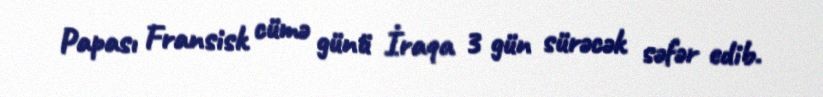
Papası Fransisk cümə günü İraqa 3 gün sürəcək səfər edib.